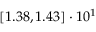
\left[ 1 . 3 8 , 1 . 4 3 \right] \cdot 1 0 ^ { 1 }